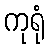
ကုရုံ